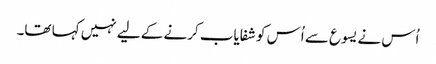
اُس نے یسوع سے اُس کو شفایاب کرنے کے لیے نہیں کہا تھا۔